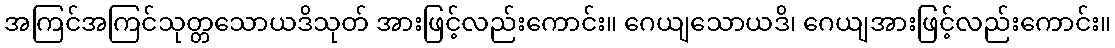
အကြင်အကြင်သုတ္တသောယဒိသုတ် အားဖြင့်လည်းကောင်း။ ဂေယျသောယဒိ၊ ဂေယျအားဖြင့်လည်းကောင်း။